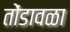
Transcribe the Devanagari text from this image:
तोंडावळा